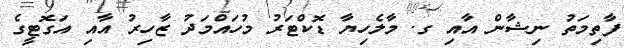
ފާތިމަތު ނިޝާން އާއި ގ. މާލެހިޔާ ޑޮކްޓަރު މުހައްމަދު ޒާހިރު އާއި އަގޮޓީގެ